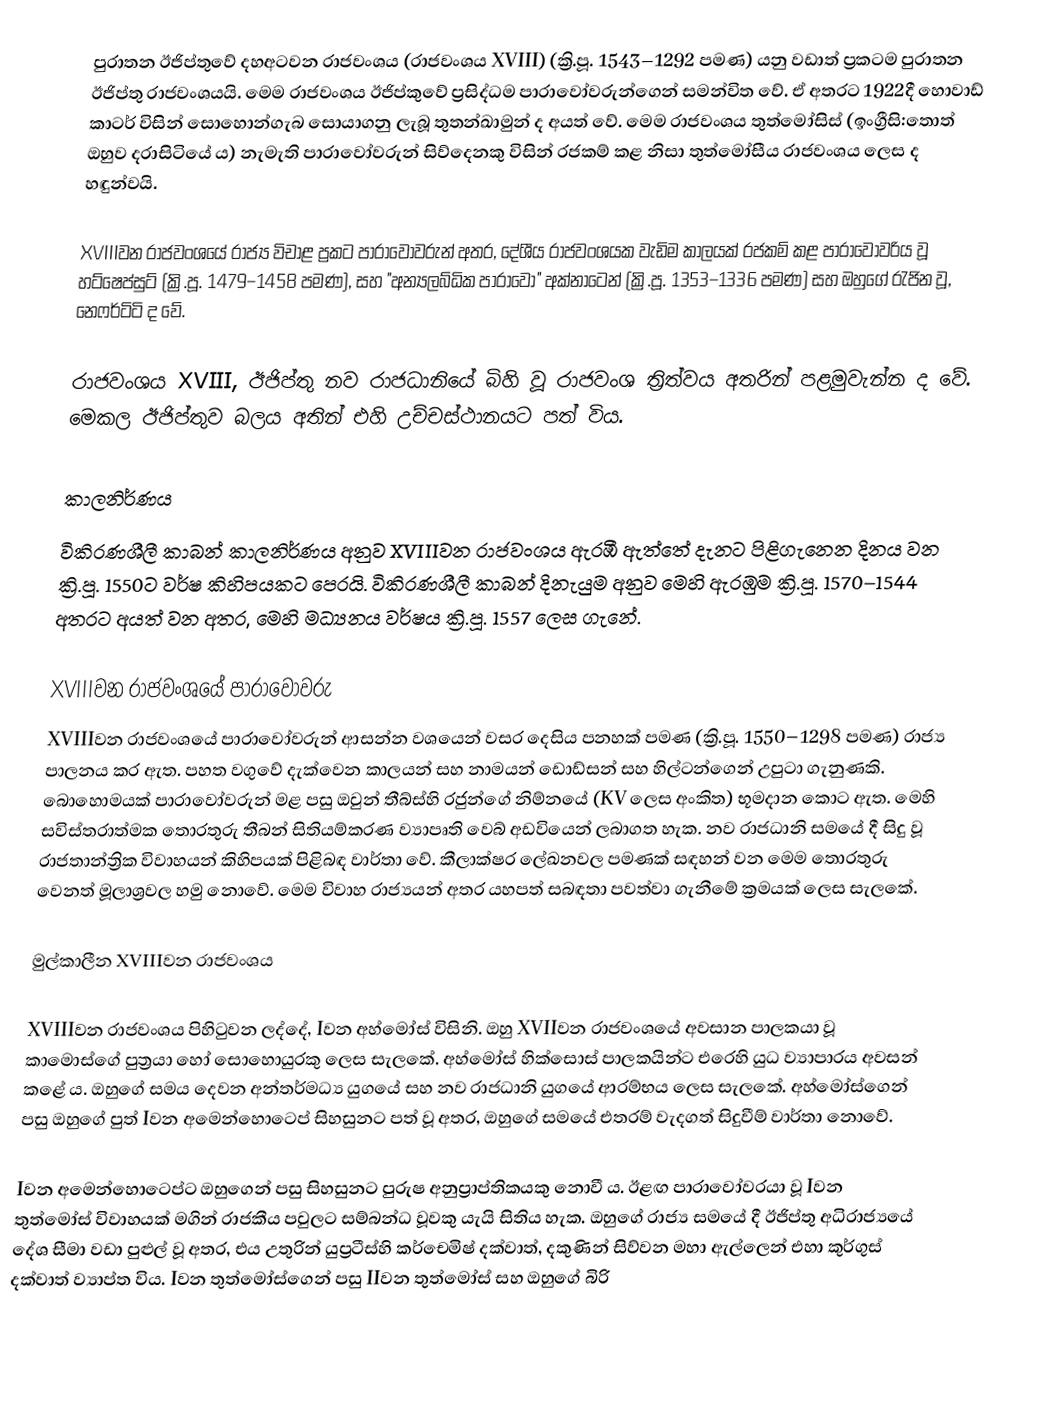
පුරාතන ඊජිප්තුවේ දහඅටවන රාජවංශය (රාජවංශය XVIII) (ක්‍රි.පූ. 1543–1292 පමණ) යනු වඩාත් ප්‍රකටම පුරාතන ඊජිප්තු රාජවංශයයි. මෙම රාජවංශය ඊජිප්කුවේ ප්‍රසිද්ධම පාරාවෝවරුන්ගෙන් සමන්විත වේ. ඒ අතරට 1922දී හොවාඩ් කාටර් විසින් සොහොන්ගැබ සොයාගනු ලැබූ තුතන්ඛාමුන් ද අයත් වේ. මෙම රාජවංශය තුත්මෝසිස් (ඉංග්‍රීසි:තොත් ඔහුව දරාසිටියේ ය) නැමැති පාරාවෝවරුන් සිව්දෙනකු විසින් රජකම් කළ නිසා තුත්මෝසීය රාජවංශය ලෙස ද හඳුන්වයි.

XVIIIවන රාජවංශයේ රාජ්‍ය විචාළ ප්‍රකට පාරාවෝවරුන් අතර, දේශීය රාජවංශයක වැඩිම කාලයක් රජකම් කළ පාරාවෝවරිය වූ හට්ෂෙප්සුට් (ක්‍රි.පූ. 1479–1458 පමණ), සහ "අන්‍යලබ්ධික පාරාවෝ" අක්නා‍ටෙන් (ක්‍රි.පූ. 1353–1336 පමණ) සහ ඔහුගේ රැජින වූ, නෙෆර්ටිටි ද වේ.

රාජවංශය XVIII, ඊජිප්තු නව රාජධානියේ බිහි වූ රාජවංශ ත්‍රිත්වය අතරින් පළමුවැන්න ද වේ. මෙකල ඊජිප්තුව බලය අතින් එහි උච්චස්ථානයට පත් විය.

කාලනිර්ණය
විකිරණශීලී කාබන් කාලනිර්ණය අනුව XVIIIවන රාජවංශය ඇරඹී ඇත්තේ දැනට පිළිගැනෙන දිනය වන ක්‍රි.පූ. 1550ට වර්ෂ කිහිපයකට පෙරයි. විකිරණශීලී කාබන් දිනැයුම අනුව මෙහි ඇරඹුම ක්‍රි.පූ. 1570–1544 අතරට අයත් වන අතර, මෙහි මධ්‍යනය වර්ෂය ක්‍රි.පූ. 1557 ලෙස ගැනේ.

XVIIIවන රාජවංශයේ පාරාවෝවරු
XVIIIවන රාජවංශයේ පාරාවෝවරුන් ආසන්න වශයෙන් වසර දෙසිය පනහක් පමණ (ක්‍රි.පූ. 1550–1298 පමණ) රාජ්‍ය පාලනය කර ඇත. පහත වගුවේ දැක්වෙන කාලයන් සහ නාමයන් ඩොඩ්සන් සහ හිල්ටන්ගෙන් උපුටා ගැනුණකි. බොහොමයක් පාරාවෝවරුන් මළ පසු ඔවුන් තීබ්ස්හි රජුන්ගේ නිම්නයේ (KV ලෙස අංකිත) භූමදාන කොට ඇත. මෙහි සවිස්තරාත්මක තොරතුරු තීබන් සිතියම්කරණ ව්‍යාපෘති වෙබ් අඩවියෙන් ලබාගත හැක. නව රාජධානි සමයේ දී සිදු වූ රාජතාන්ත්‍රික විවාහයන් කිහිපයක් පිළිබඳ වාර්තා වේ. කීලාක්ෂර ලේඛනවල පමණක් සඳහන් වන මෙම තොරතුරු වෙනත් මූලාශ්‍රවල හමු නොවේ. මෙම විවාහ රාජ්‍යයන් අතර යහපත් සබඳතා පවත්වා ගැනීමේ ක්‍රමයක් ලෙස සැලකේ.

මුල්කාලීන XVIIIවන රාජවංශය

XVIIIවන රාජවංශය පිහිටුවන ලද්දේ, Iවන අහ්මෝස් විසිනි. ඔහු XVIIවන රාජවංශයේ අවසාන පාලකයා වූ කාමොස්ගේ පුත්‍රයා හෝ සොහොයුරකු ලෙස සැලකේ. අහ්මෝස් හික්සොස් පාලකයින්ට එරෙහි යුධ ව්‍යාපාරය අවසන් කළේ ය. ඔහුගේ සමය දෙවන අන්තර්මධ්‍ය යුගයේ සහ නව රාජධානි යුගයේ ආරම්භය ලෙස සැලකේ. අහ්මෝස්ගෙන් පසු ඔහුගේ පුත් Iවන අමෙන්හොටෙප් සිහසුනට පත් වූ අතර, ඔහුගේ සමයේ එතරම් වැදගත් සිදුවීම් වාර්තා නොවේ.

Iවන අමෙන්හොටෙප්ට ඔහුගෙන් පසු සිහසුනට පුරුෂ අනුප්‍රාප්තිකයකු නොවී ය. ඊළඟ පාරාවෝවරයා වූ Iවන තුත්මෝස් විවාහයක් මගින් රාජකීය පවුලට සම්බන්ධ වූවකු යැයි සිතිය හැක. ඔහුගේ රාජ්‍ය සමයේ දී ඊජිප්තු අධිරාජ්‍යයේ දේශ සීමා වඩා පුළුල් වූ අතර, එය උතුරින් යුප්‍රටීස්හි කර්චෙමිෂ් දක්වාත්, දකුණින් සිව්වන මහා ඇල්ලෙන් එහා කුර්ගුස් දක්වාත් ව්‍යාප්ත විය. Iවන තුත්මෝස්ගෙන් පසු IIවන තුත්මෝස් සහ ඔහුගේ බිරි